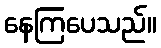
နေကြပေသည်။